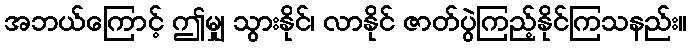
အဘယ်ကြောင့် ဤမျှ သွားနိုင်၊ လာနိုင် ဇာတ်ပွဲကြည့်နိုင်ကြသနည်း။